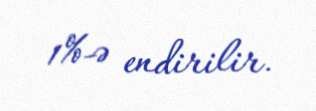
1%-ə endirilir.